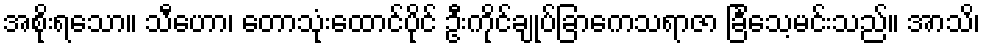
အစိုးရသော။ သီဟော၊ တောသုံးထောင်ပိုင် ဦးကိုင်ချုပ်ခြာကေသရာဇာ ခြင်္သေ့မင်းသည်။ အာသိ၊